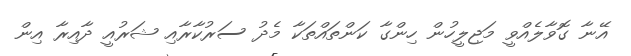
އޭނާ ގޮވާލެއްވީ މަޖިލީހުން ހިންގާ ކަންތައްތަކާ މެދު ސަރުކާރާއި ޝަރުއީ ދާއިރާ އިން